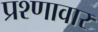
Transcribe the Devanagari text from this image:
प्रश्णावार